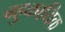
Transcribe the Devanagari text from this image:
बहुकायिक